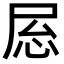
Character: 𫵝